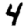
Digit: 4